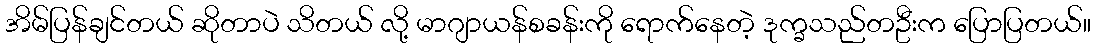
အိမ်ပြန်ချင်တယ် ဆိုတာပဲ သိတယ် လို့ မာဂျာယန်စခန်းကို ရောက်နေတဲ့ ဒုက္ခသည်တဦးက ပြောပြတယ်။